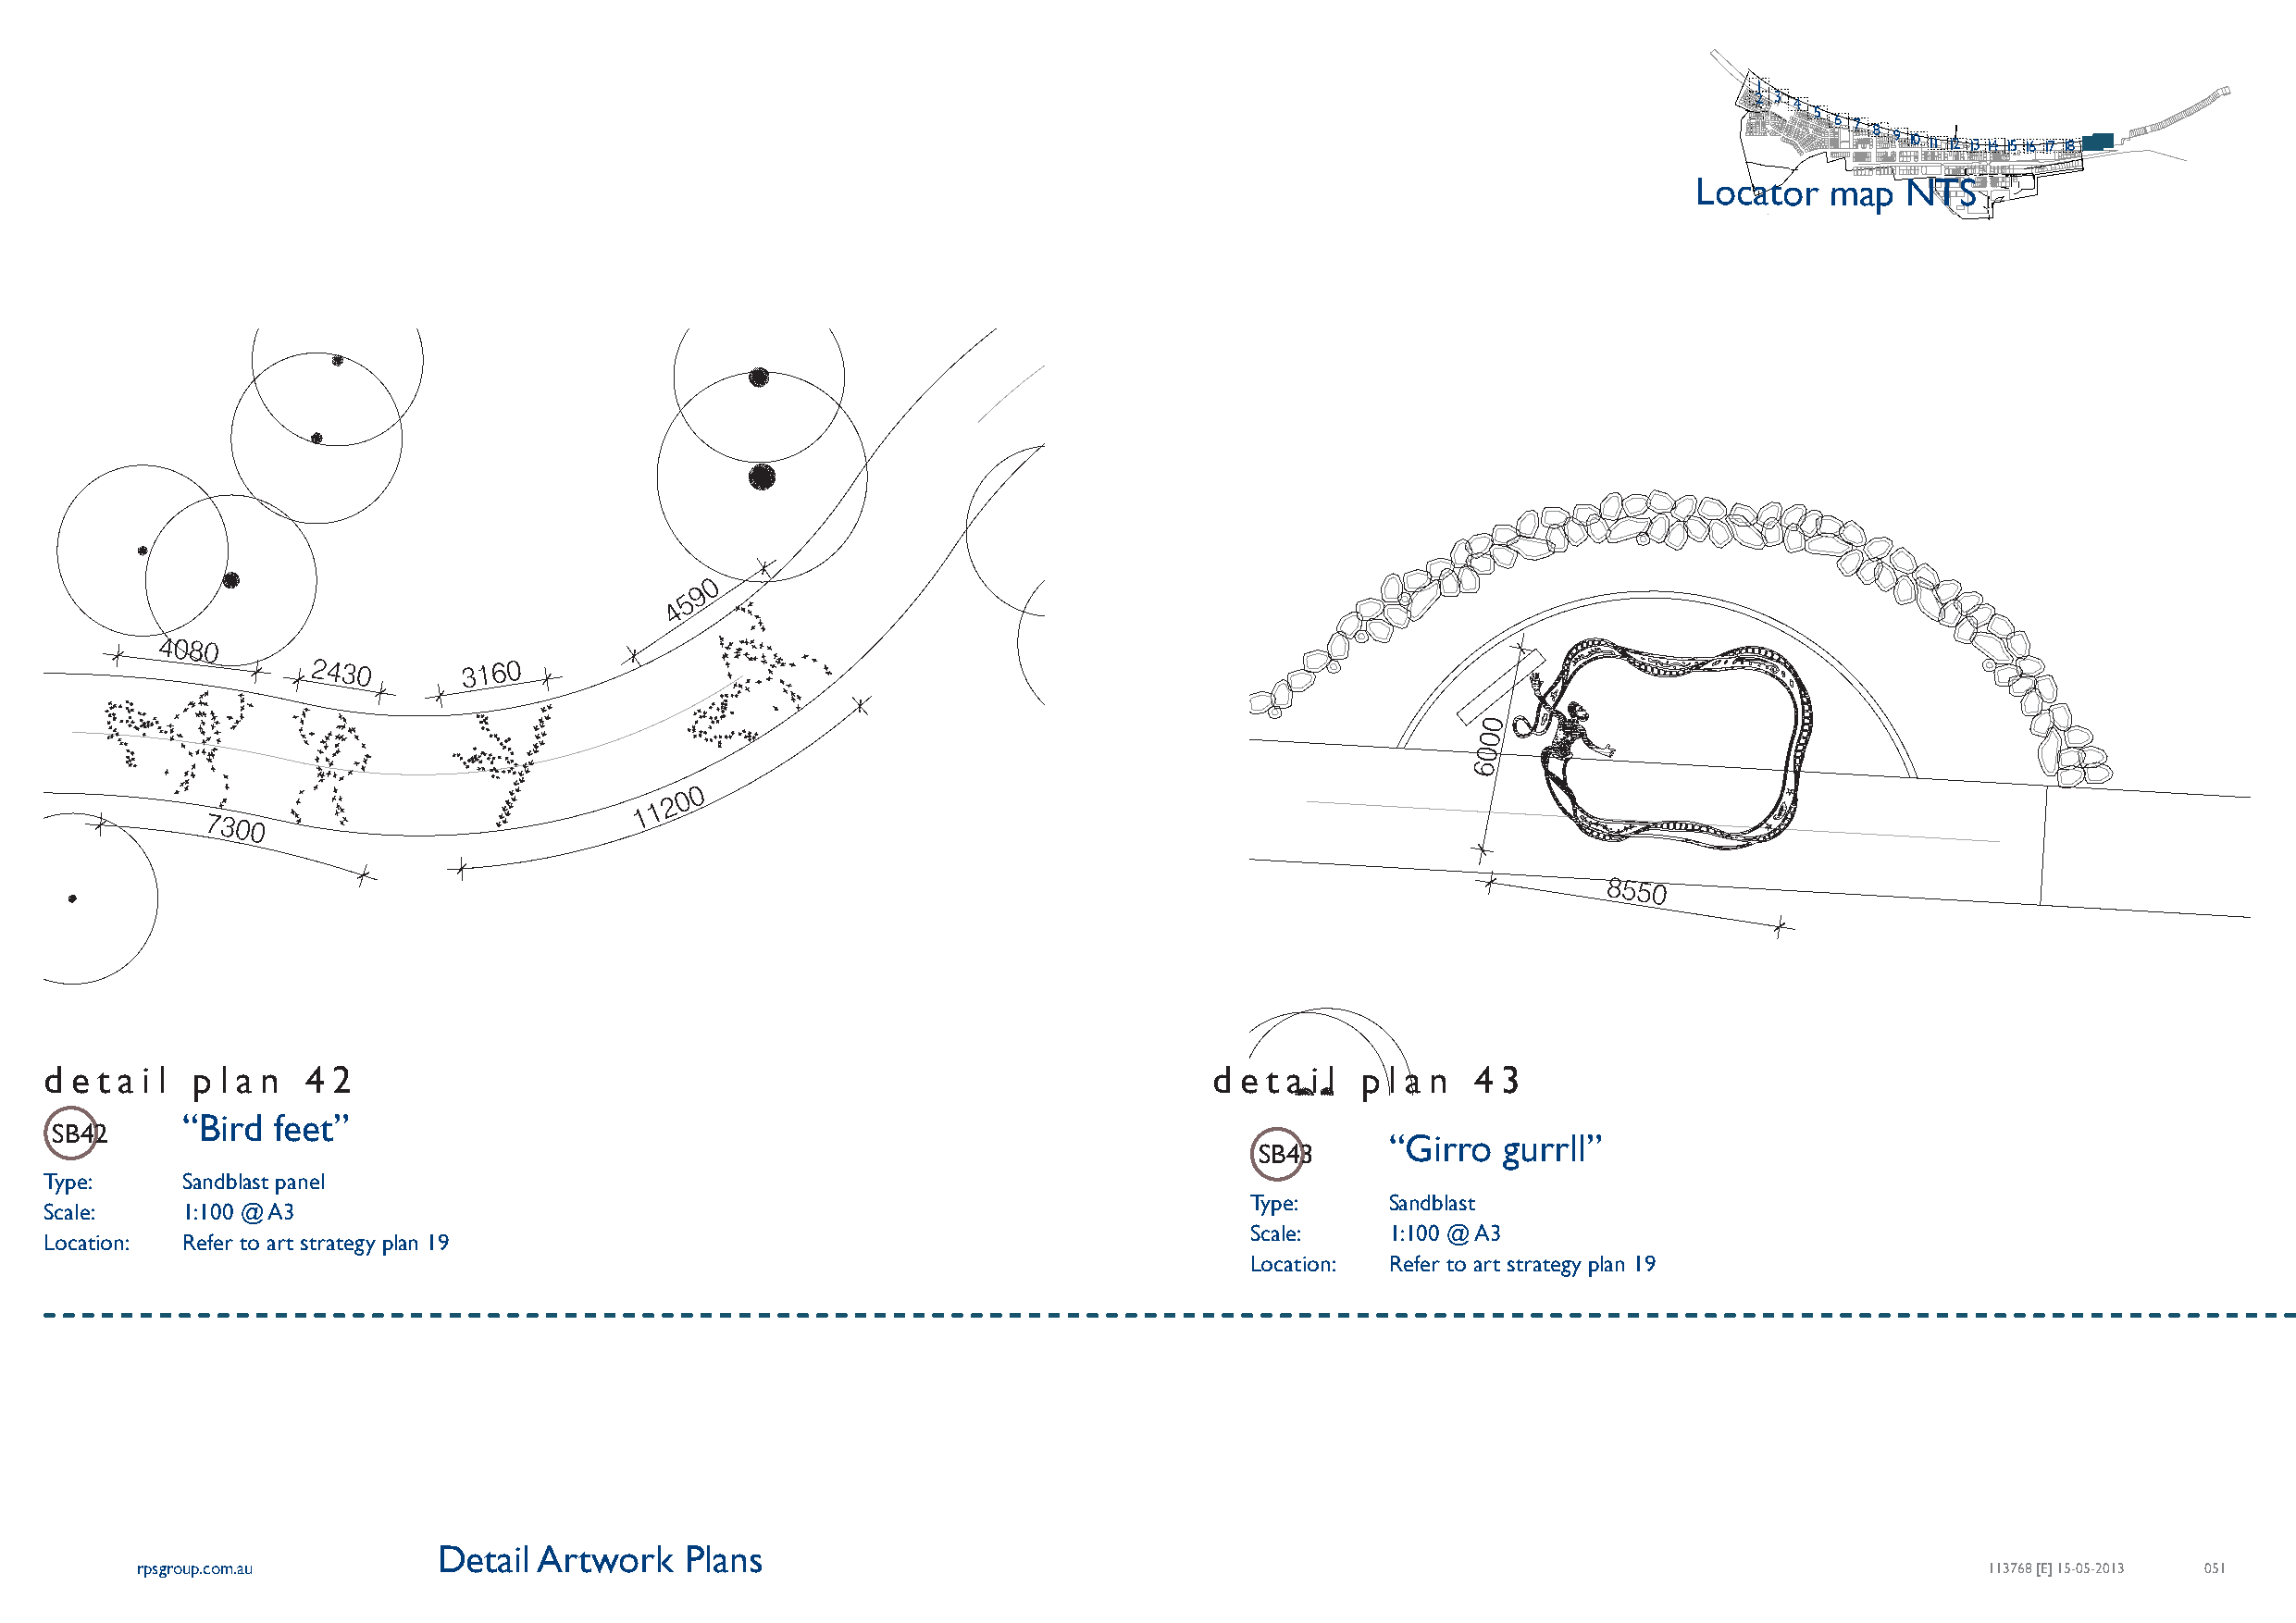
1
 2 3
 4
 5
 6 7 8 9 10 11 12 13 14 15 16 17 18 19 20
 Locator   map  NTS
 d e t a i l p l a n 4 2                                                             d e t a i l p l a n 4 3
 “Bird  feet”
 SB42
 “Girro   gurrll”
 SB43
 Type:     Sandblast panel
 Type:     Sandblast
 Scale:    1:100 @ A3
 Scale:    1:100 @ A3
 Location: Refer to art strategy plan 19
 Location: Refer to art strategy plan 19
 Detail Artwork    Plans
 rpsgroup.com.au                                                                                                                     113768 [E] 15-05-2013 051